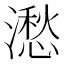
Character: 㵞